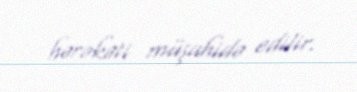
hərəkəti müşahidə edilir.